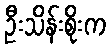
ဦးသိန်းစိုးက